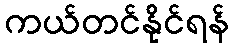
ကယ်တင်နိုင်ရန်